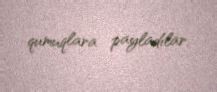
qumuqlara payladılar.